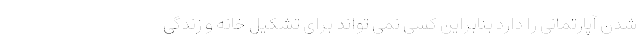
شدن آپارتمانی را دارد بنابراین کسی نمی تواند برای تشکیل خانه و زندگی